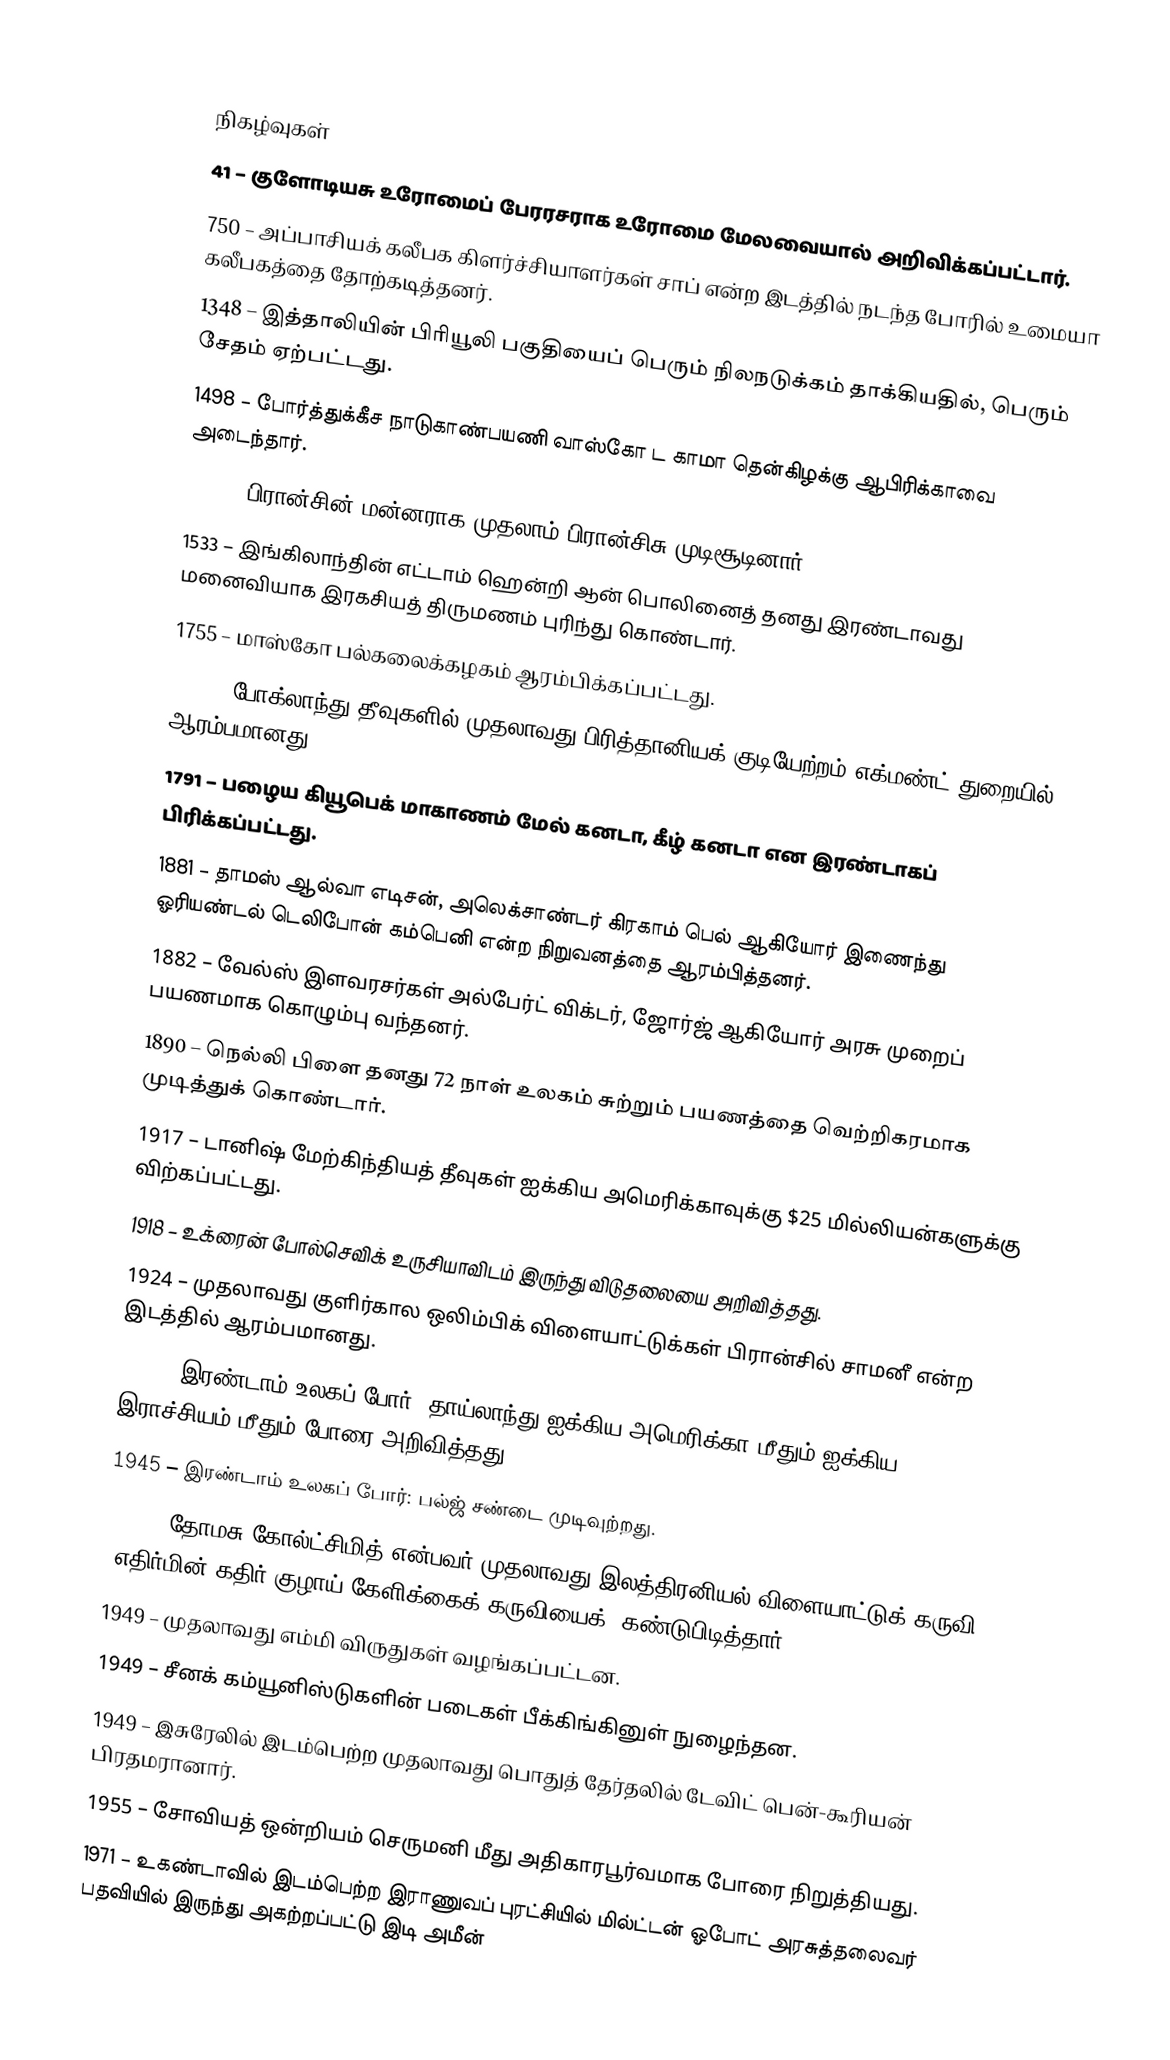

நிகழ்வுகள்
 41 – குளோடியசு உரோமைப் பேரரசராக உரோமை மேலவையால் அறிவிக்கப்பட்டார்.
 750 – அப்பாசியக் கலீபக கிளர்ச்சியாளர்கள் சாப் என்ற இடத்தில் நடந்த போரில் உமையா கலீபகத்தை தோற்கடித்தனர்.
1348 – இத்தாலியின் பிரியூலி பகுதியைப் பெரும் நிலநடுக்கம் தாக்கியதில், பெரும் சேதம் ஏற்பட்டது.
1498 – போர்த்துக்கீச நாடுகாண்பயணி வாஸ்கோ ட காமா தென்கிழக்கு ஆபிரிக்காவை அடைந்தார்.
1515 – பிரான்சின் மன்னராக முதலாம் பிரான்சிசு முடிசூடினார்.
1533 – இங்கிலாந்தின் எட்டாம் ஹென்றி ஆன் பொலினைத் தனது இரண்டாவது மனைவியாக இரகசியத் திருமணம் புரிந்து கொண்டார்.
1755 – மாஸ்கோ பல்கலைக்கழகம் ஆரம்பிக்கப்பட்டது.
1765 – போக்லாந்து தீவுகளில் முதலாவது பிரித்தானியக் குடியேற்றம் எக்மண்ட் துறையில் ஆரம்பமானது.
1791 – பழைய கியூபெக் மாகாணம் மேல் கனடா, கீழ் கனடா என இரண்டாகப் பிரிக்கப்பட்டது.
1881 – தாமஸ் ஆல்வா எடிசன், அலெக்சாண்டர் கிரகாம் பெல் ஆகியோர் இணைந்து ஓரியண்டல் டெலிபோன் கம்பெனி என்ற நிறுவனத்தை ஆரம்பித்தனர்.
1882 – வேல்ஸ் இளவரசர்கள் அல்பேர்ட் விக்டர், ஜோர்ஜ் ஆகியோர் அரசு முறைப் பயணமாக கொழும்பு வந்தனர்.
1890 – நெல்லி பிளை தனது 72 நாள் உலகம் சுற்றும் பயணத்தை வெற்றிகரமாக முடித்துக் கொண்டார்.
1917 – டானிஷ் மேற்கிந்தியத் தீவுகள் ஐக்கிய அமெரிக்காவுக்கு $25 மில்லியன்களுக்கு விற்கப்பட்டது.
1918 – உக்ரைன் போல்செவிக் உருசியாவிடம் இருந்து விடுதலையை அறிவித்தது.
1924 – முதலாவது குளிர்கால ஒலிம்பிக் விளையாட்டுக்கள் பிரான்சில் சாமனீ என்ற இடத்தில் ஆரம்பமானது.
1942 – இரண்டாம் உலகப் போர்: தாய்லாந்து ஐக்கிய அமெரிக்கா மீதும் ஐக்கிய இராச்சியம் மீதும் போரை அறிவித்தது.
1945 – இரண்டாம் உலகப் போர்: பல்ஜ் சண்டை முடிவுற்றது.
1947 – தோமசு கோல்ட்சிமித் என்பவர் முதலாவது இலத்திரனியல் விளையாட்டுக் கருவி, "எதிர்மின் கதிர் குழாய் கேளிக்கைக் கருவியைக்" கண்டுபிடித்தார்.
1949 – முதலாவது எம்மி விருதுகள் வழங்கப்பட்டன.
1949 – சீனக் கம்யூனிஸ்டுகளின் படைகள் பீக்கிங்கினுள் நுழைந்தன.
1949 – இசுரேலில் இடம்பெற்ற முதலாவது பொதுத் தேர்தலில் டேவிட் பென்-கூரியன் பிரதமரானார்.
1955 – சோவியத் ஒன்றியம் செருமனி மீது அதிகாரபூர்வமாக போரை நிறுத்தியது.
1971 – உகண்டாவில் இடம்பெற்ற இராணுவப் புரட்சியில் மில்ட்டன் ஓபோட் அரசுத்தலைவர் பதவியில் இருந்து அகற்றப்பட்டு இடி அமீன்